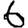
Digit: 6